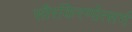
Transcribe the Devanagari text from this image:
सौरकिरणोत्सर्ग